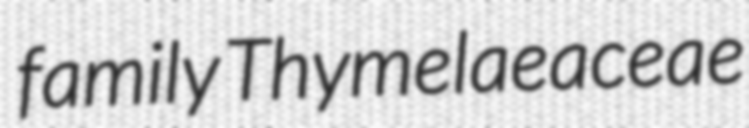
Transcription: family Thymelaeaceae